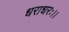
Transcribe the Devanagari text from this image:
धराधरः।।